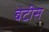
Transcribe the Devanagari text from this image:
बेटीस